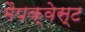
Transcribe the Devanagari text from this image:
मैपक्वेस्ट